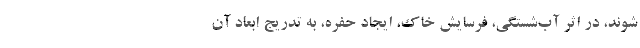
شوند، در اثر آب‌شستگی‌، فرسایش خاک، ایجاد حفره، به تدریج ابعاد آن